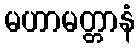
မဟာမတ္တာနံ